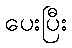
ပေးပြီး